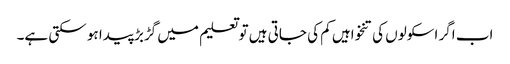
اب اگر اسکولوں کی تنخواہیں کم کی جاتی ہیں تو تعلیم میں گڑبڑ پیدا ہو سکتی ہے۔